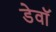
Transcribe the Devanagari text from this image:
डेवॉ